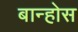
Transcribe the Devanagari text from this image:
बान्होस